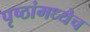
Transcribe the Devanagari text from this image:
पृष्ठांमध्येच